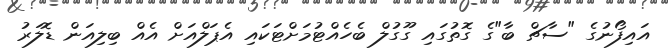
އައިފޯނުގެ "ސާޗް ބާ"ގެ ގޮތުގައި ގޫގުލް ބެހެއްޓުމަށްޓަކައި އެޕަލްއަށް އެއް ބިލިއަން ޑޮލަރު